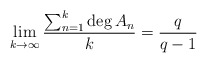
\begin{align*}\lim_{k \to \infty} \frac{\sum_{n=1}^{k} \deg A_{n}}{k} = \frac{q}{q-1}\end{align*}